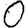
Digit: 0